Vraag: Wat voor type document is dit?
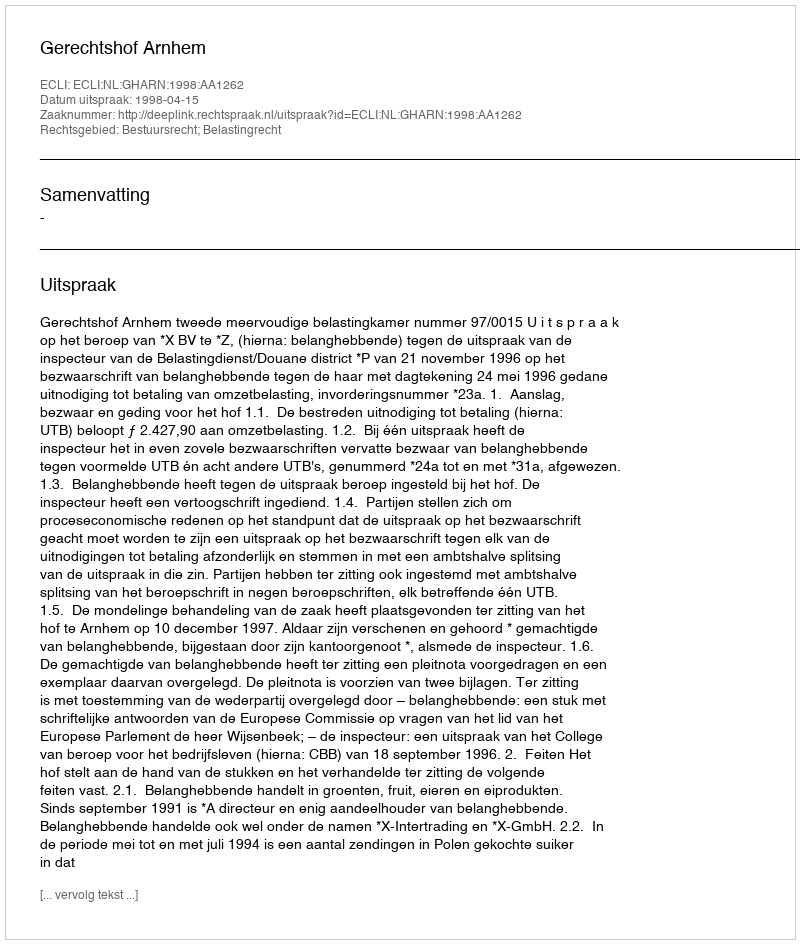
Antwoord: Uitspraak